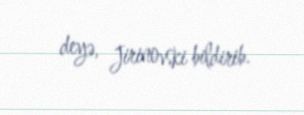
deyə, Jirinovski bildirib.